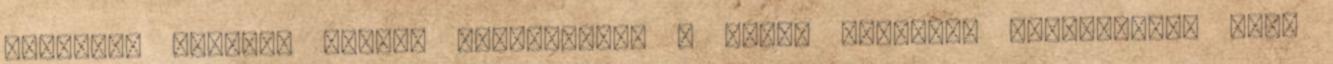
Kulissza Gerilla Brigád novemberben a Jóban Rosszban forgatására visz